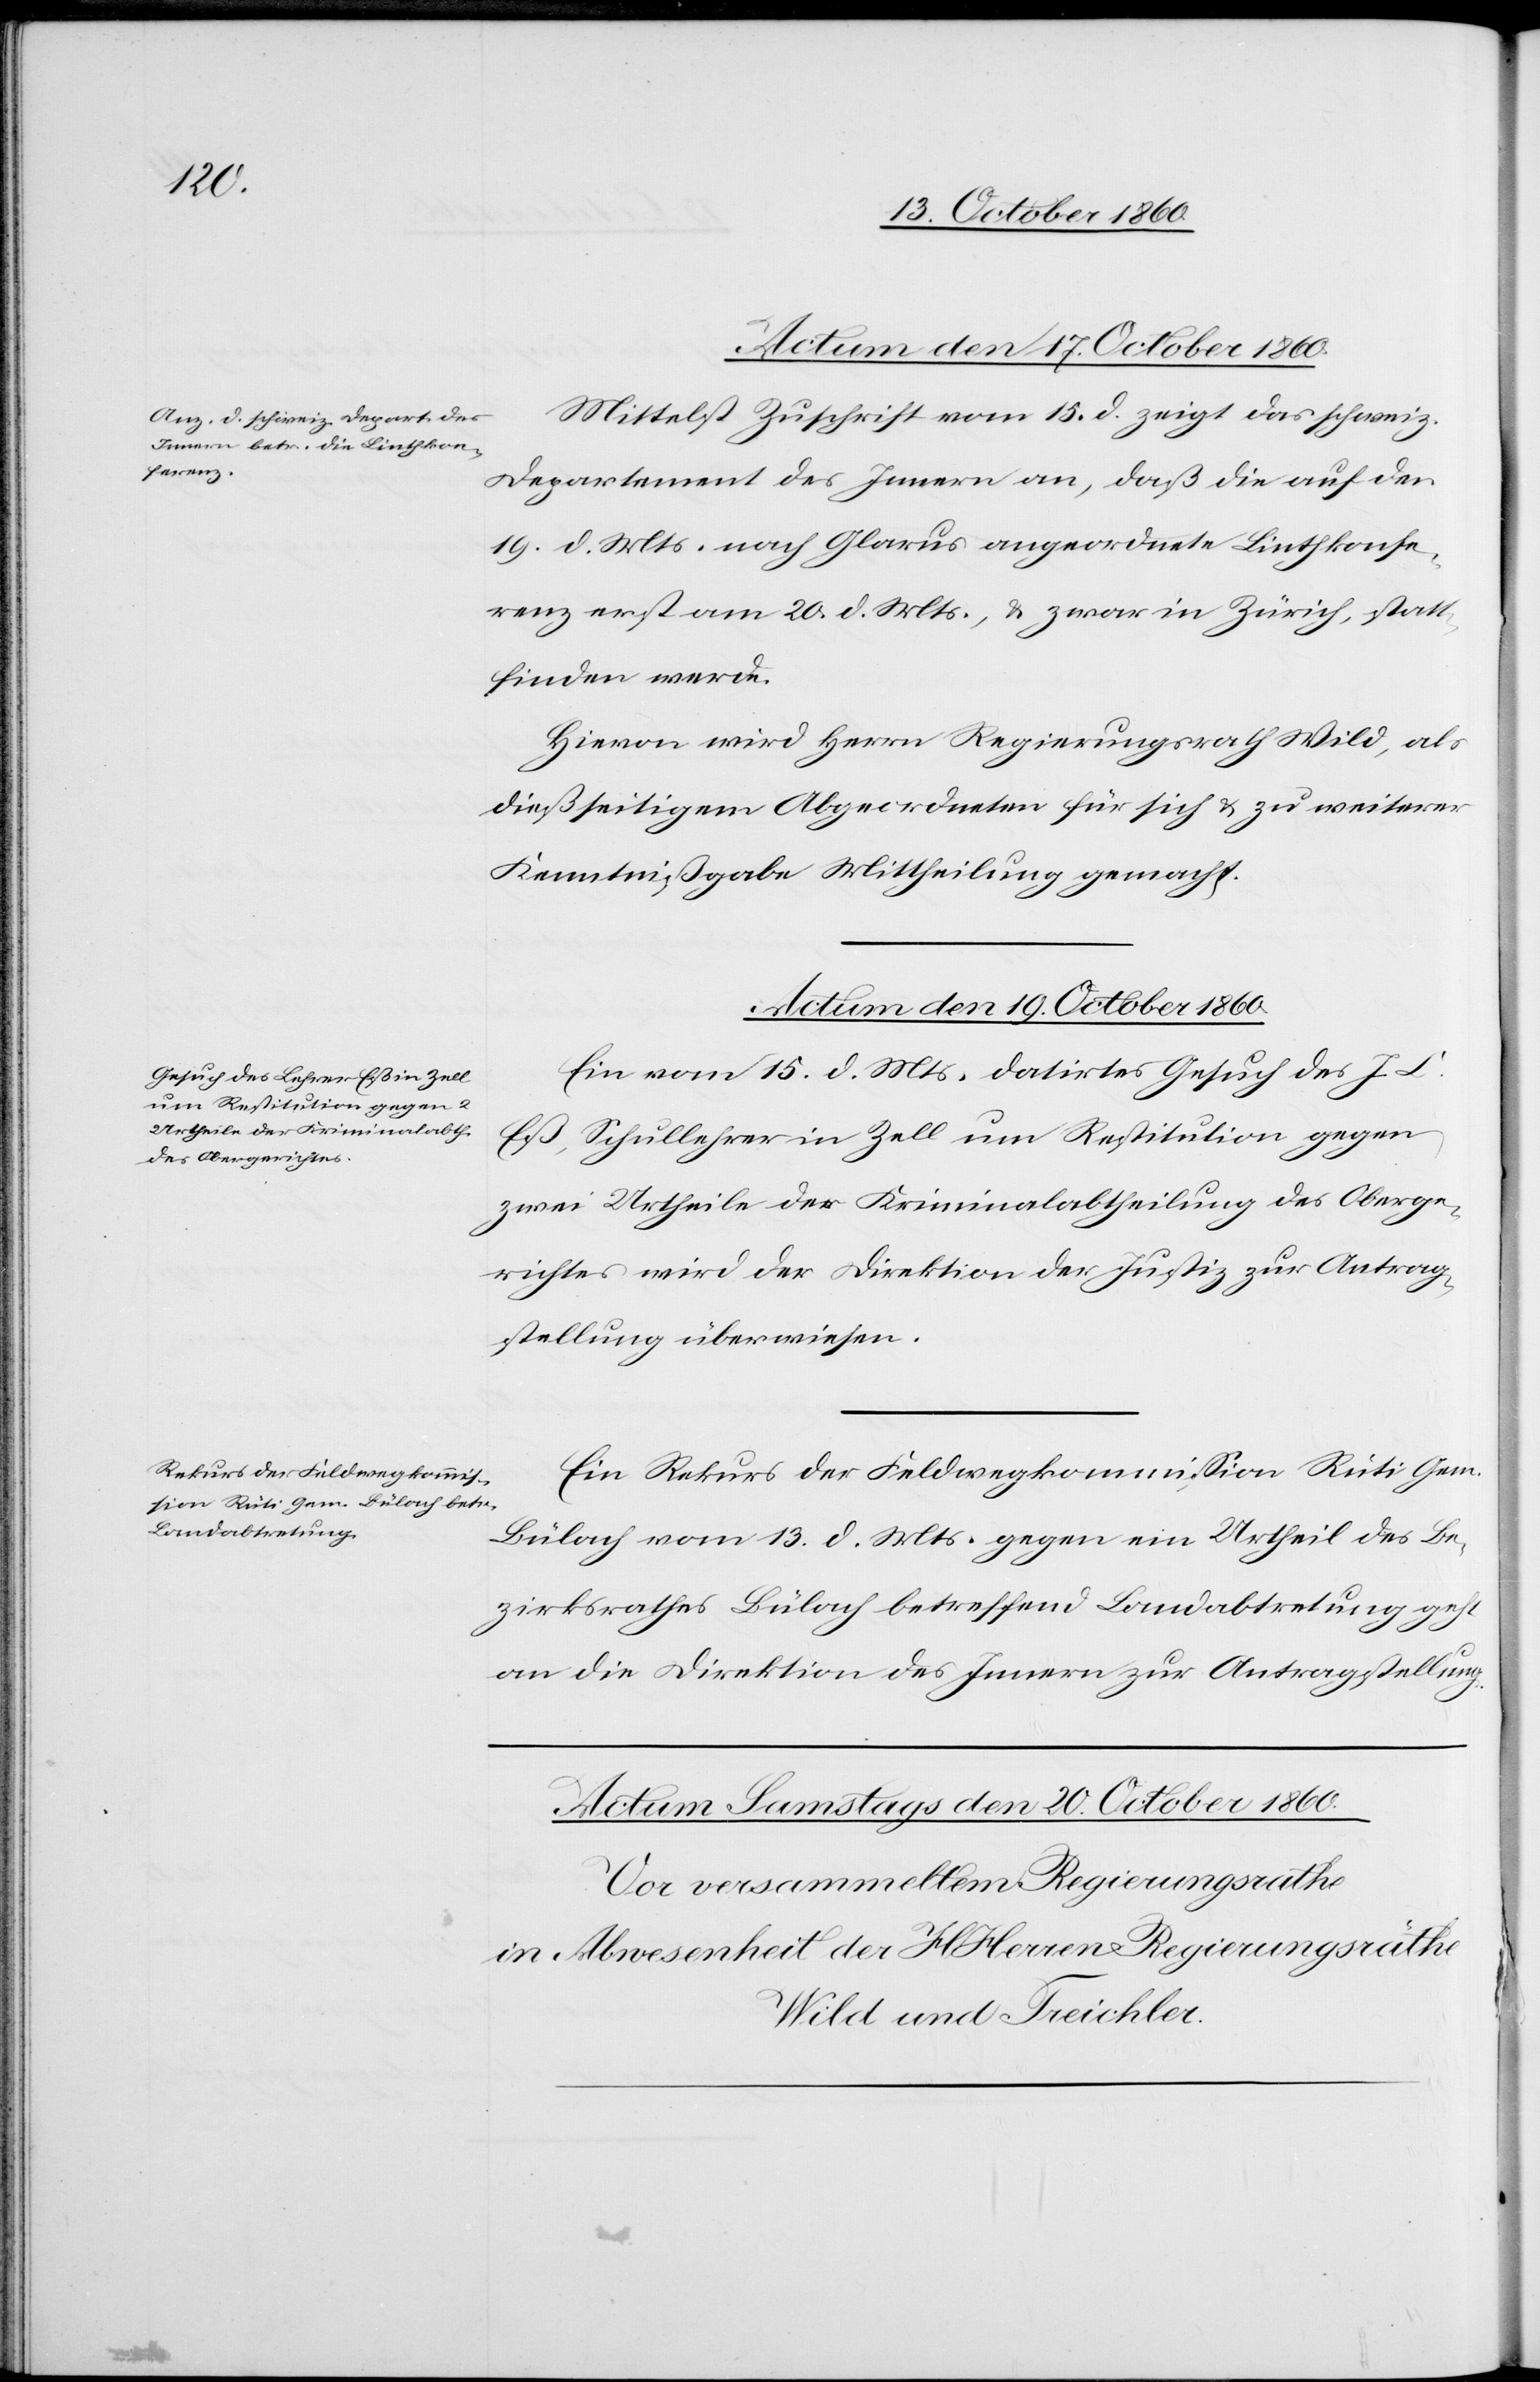
Actum den 17. October 1860.
Mittelst Zuschrift vom 15. d. zeigt das schweiz.
Departement des Innern an, daß die auf den
19. d. Mts. nach Glarus angeordnete Linthkonfe¬
renz erst am 20. d. Mts., u. zwar in Zürich, statt¬
finden werde.
Hievon wird Herrn Regierungsrath Wild, als
dießseitigem Abgeordnetem für sich u. zu weiterer
Kenntnißgabe Mittheilung gemacht.
Actum den 19. October 1860.]
Ein vom 15. d. Mts. datirtes Gesuch des J. L.
Eß, Schullehrer in Zell um Restitution gegen
zwei Urtheile der Kriminalabtheilung des Oberge¬
richtes wird der Direktion der Justiz zur Antrag¬
stellung überwiesen.
Ein Rekurs der Feldwegkommission Rüti Gem.
Bülach vom 13. d. Mts. gegen ein Urtheil des Be¬
zirksrathes Bülach betreffend Landabtretung geht
an die Direktion des Innern zur Antragstellung.